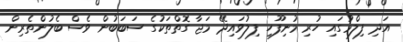
އަދި ފިލްމުގައި ހުރި މުނިފޫހި ފިލުވައިދޭ މަޖާ ގޮތްތަކުގެ ސަބަބުން ވެސް ބެލުންތެރިން